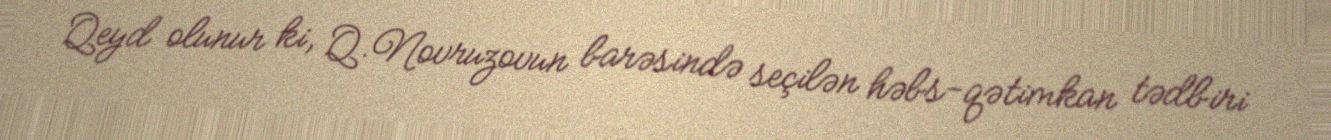
Qeyd olunur ki, Q.Novruzovun barəsində seçilən həbs-qətimkan tədbiri